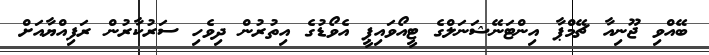
ބޭއްވި ޖޫނިއާ ޗޭމްޕާ އިންޓަނޭޝަނަލްގެ ޓީއޯވައިޕީ އެވޯޑުގެ އިތުރުން ދިވެހި ސަރުކާރުން ރަފިއްޔާއަށް